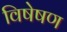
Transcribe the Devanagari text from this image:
विषेषण